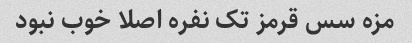
مزه سس قرمز تک نفره اصلا خوب نبود